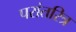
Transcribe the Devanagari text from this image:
परांतरित्र